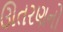
ઊતરણનો